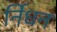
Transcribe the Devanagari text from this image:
र्निधन